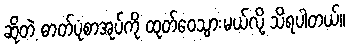
ဆိုတဲ့ ဓာတ်ပုံစာအုပ်ကို ထုတ်ဝေသွားမယ်လို့ သိရပါတယ်။